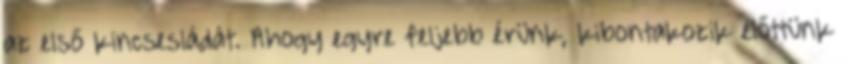
az első kincsesládát. Ahogy egyre feljebb érünk, kibontakozik előttünk